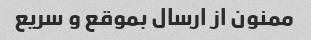
ممنون از ارسال بموقع و سریع